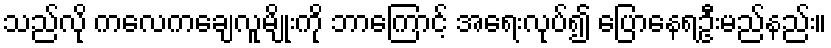
သည်လို ကလေကချေလူမျိုးကို ဘာကြောင့် အရေးလုပ်၍ ပြောနေရဦးမည်နည်း။